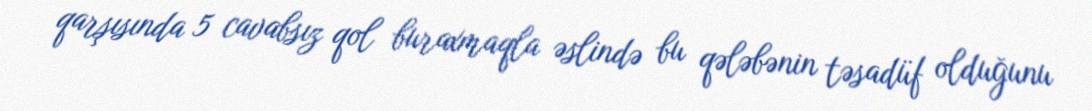
qarşısında 5 cavabsız qol buraxmaqla əslində bu qələbənin təsadüf olduğunu